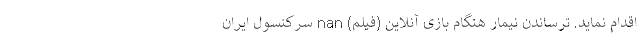
اقدام نماید. ترساندن نیمار هنگام بازی آنلاین (فیلم) nan سرکنسول ایران